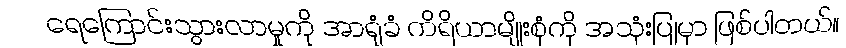
ရေကြောင်းသွားလာမှုကို အာရုံခံ ကိရိယာမျိုးစုံကို အသုံးပြုမှာ ဖြစ်ပါတယ်။